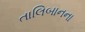
તાલિબાનના